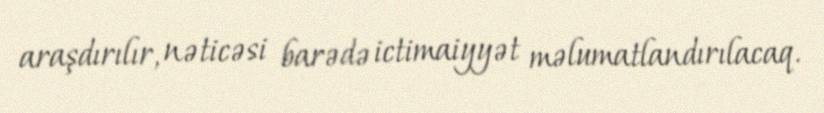
araşdırılır, nəticəsi barədə ictimaiyyət məlumatlandırılacaq.